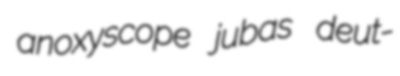
anoxyscope jubas deut-